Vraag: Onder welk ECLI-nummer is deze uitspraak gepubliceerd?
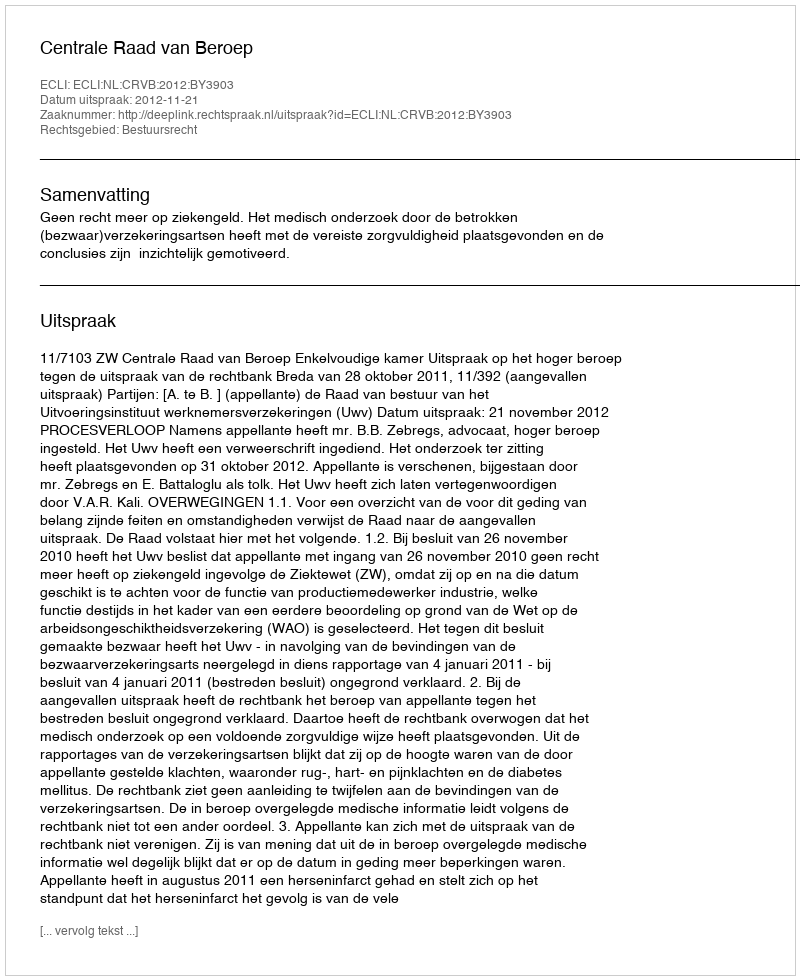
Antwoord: ECLI:NL:CRVB:2012:BY3903